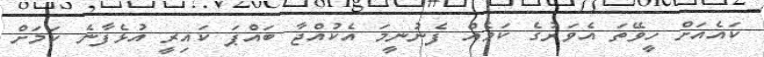
ކައެއަށް ހީވޭތަ އެވަރުގެ ކަމެއް ފެނުނީމަ އެކުއްޖާ ބައްޕަ ކައިރީ އުޅެފާނެ ކަމަށް